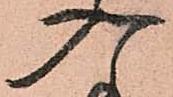
入